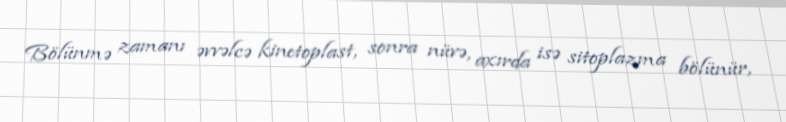
Bölünmə zamanı əvvəlcə kinetoplast, sonra nüvə, axırda isə sitoplazma bölünür,